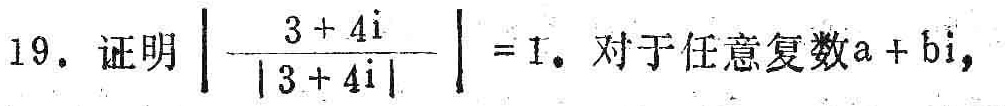
19. 证明$\left|\frac{3 + 4\mathrm{i}}{|3 + 4\mathrm{i}|}\right| = 1$。对于任意复数$a + b\mathrm{i}$，